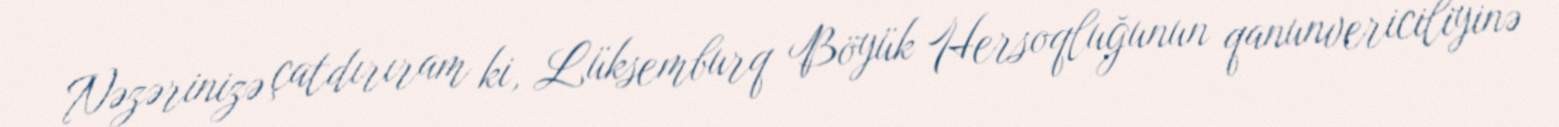
Nəzərinizə çatdırıram ki, Lüksemburq Böyük Hersoqluğunun qanunvericiliyinə